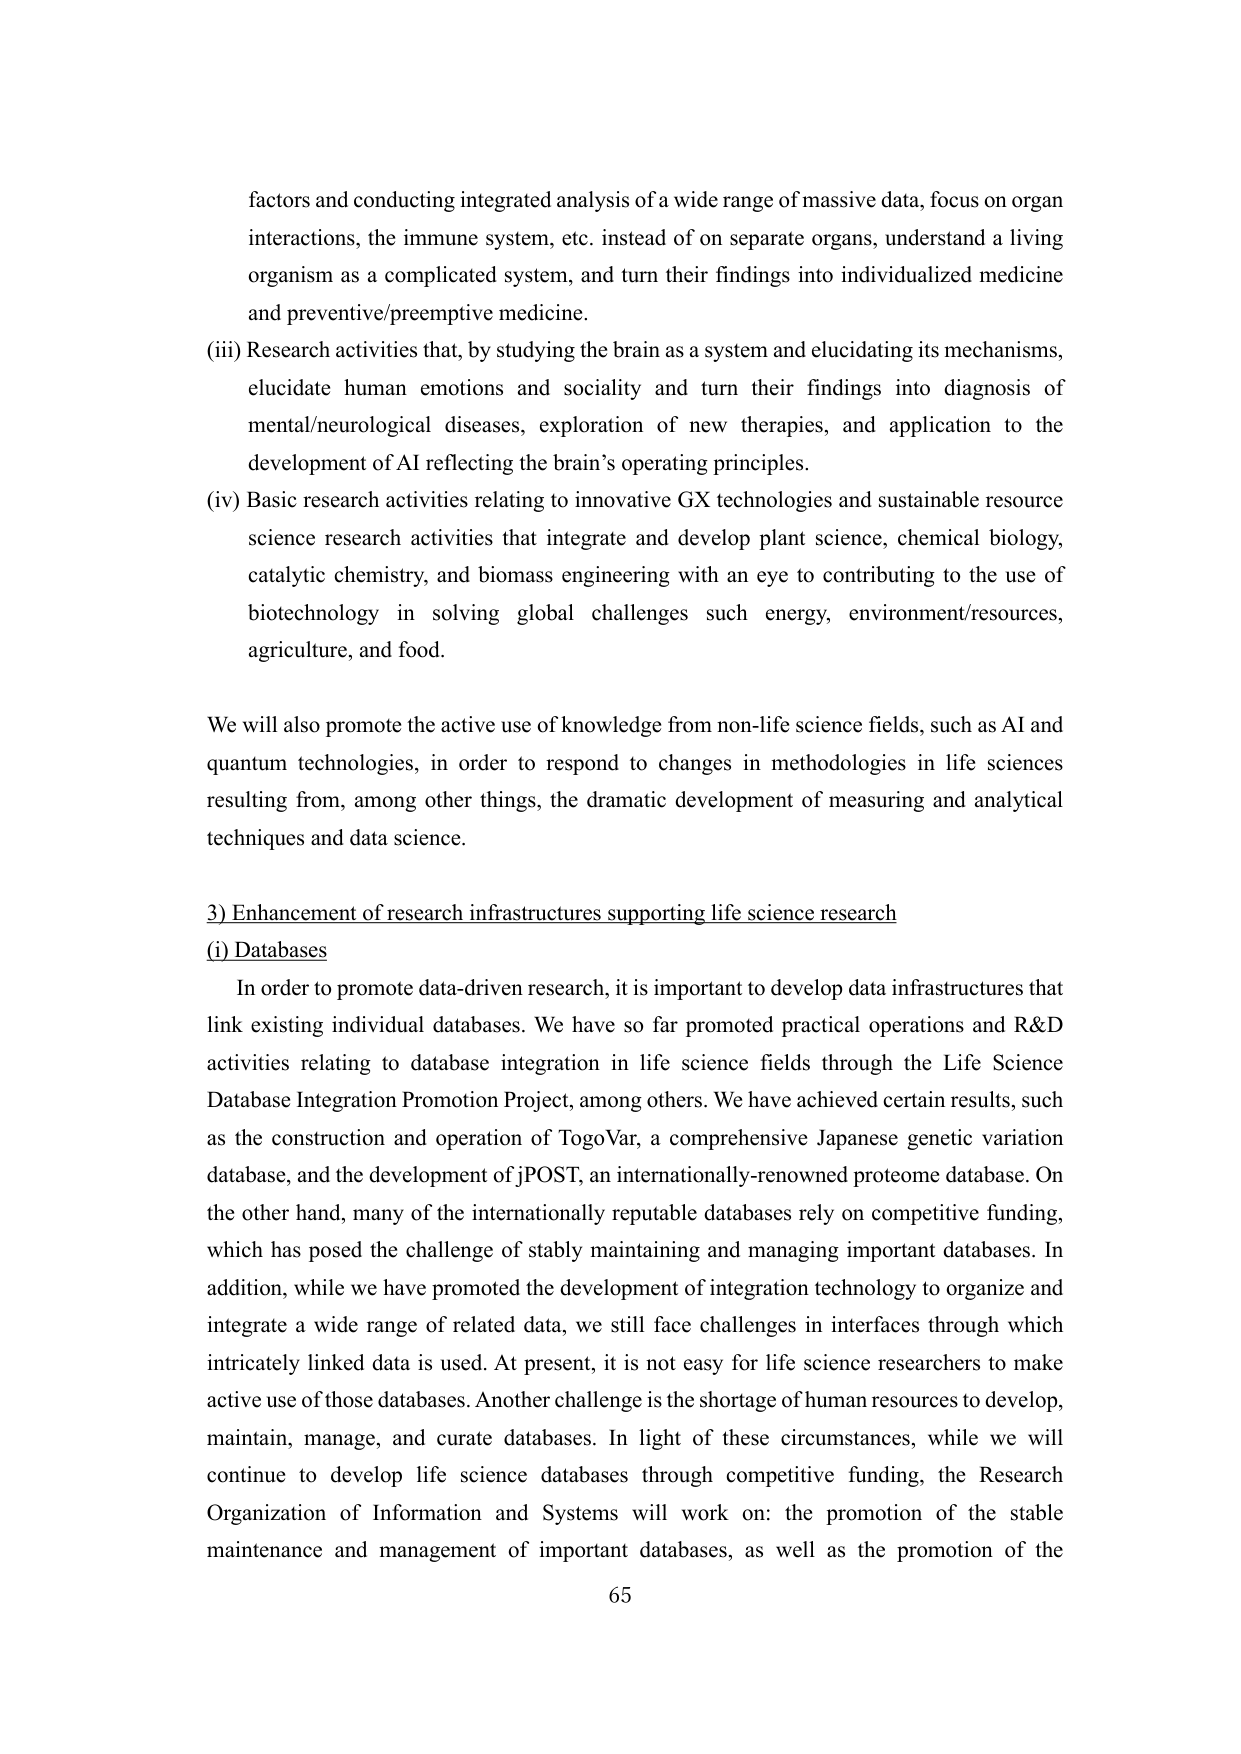
factors and conducting integrated analysis of a wide range of massive data, focus on organ interactions, the immune system, etc. instead of on separate organs, understand a living organism as a complicated system, and turn their findings into individualized medicine and preventive/preemptive medicine.

(iii) Research activities that, by studying the brain as a system and elucidating its mechanisms, elucidate human emotions and sociality and turn their findings into diagnosis of mental/neurological diseases, exploration of new therapies, and application to the development of AI reflecting the brain’s operating principles.

(iv) Basic research activities relating to innovative GX technologies and sustainable resource science research activities that integrate and develop plant science, chemical biology, catalytic chemistry, and biomass engineering with an eye to contributing to the use of biotechnology in solving global challenges such energy, environment/resources, agriculture, and food.

We will also promote the active use of knowledge from non-life science fields, such as AI and quantum technologies, in order to respond to changes in methodologies in life sciences resulting from, among other things, the dramatic development of measuring and analytical techniques and data science.

3) Enhancement of research infrastructures supporting life science research
(i) Databases

In order to promote data-driven research, it is important to develop data infrastructures that link existing individual databases. We have so far promoted practical operations and R&D activities relating to database integration in life science fields through the Life Science Database Integration Promotion Project, among others. We have achieved certain results, such as the construction and operation of TogoVar, a comprehensive Japanese genetic variation database, and the development of jPOST, an internationally-renowned proteome database. On the other hand, many of the internationally reputable databases rely on competitive funding, which has posed the challenge of stably maintaining and managing important databases. In addition, while we have promoted the development of integration technology to organize and integrate a wide range of related data, we still face challenges in interfaces through which intricately linked data is used. At present, it is not easy for life science researchers to make active use of those databases. Another challenge is the shortage of human resources to develop, maintain, manage, and curate databases. In light of these circumstances, while we will continue to develop life science databases through competitive funding, the Research Organization of Information and Systems will work on: the promotion of the stable maintenance and management of important databases, as well as the promotion of the

65